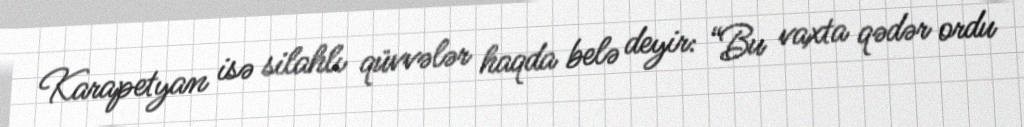
Karapetyan isə silahlı qüvvələr haqda belə deyir: “Bu vaxta qədər ordu